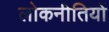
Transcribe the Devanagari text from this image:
लोकनीतियों